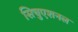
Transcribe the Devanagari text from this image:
सिचुएशनल